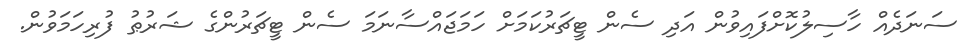
ސަނަދެއް ހާސިލުކޮށްފައިވުން އަދި ސެން ޓީޗަރުކަމަށް ހަމަޖައްސާނަމަ ސެން ޓީޗަރުންގެ ޝަރުޠު ފުރިހަމަވުން.